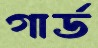
গার্ড